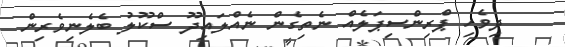
ދިވެހި ޕްރިންސިޕަލެއް ނެތިގެން ނެއްލައިދޫ ސްކޫލު ބެލެނިވެރިން